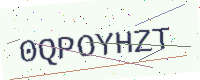
Text: 0QPOYHZT